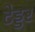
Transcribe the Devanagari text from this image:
टेड्डर